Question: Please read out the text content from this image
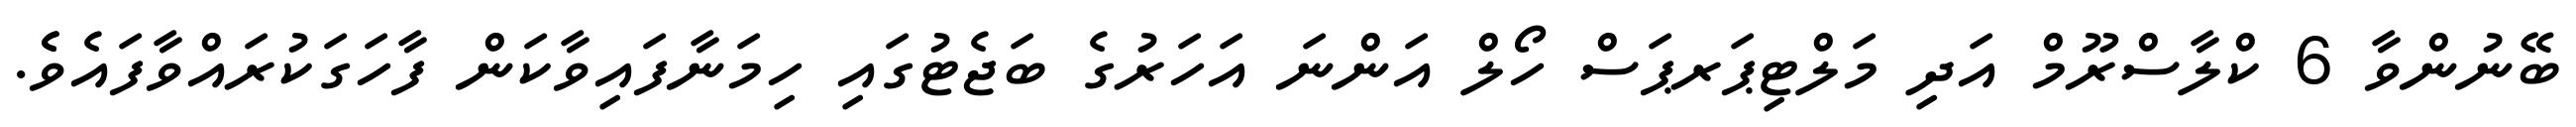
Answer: ބޭނުންވާ 6 ކްލާސްރޫމް އަދި މަލްޓިޕަރޕަސް ހޯލް އަންނަ އަހަރުގެ ބަޖެޓުގައި ހިމަނާފައިވާކަން ފާހަގަކުރައްވާފައެވެެ.